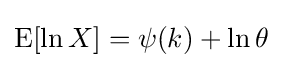
\operatorname {E} [\ln X]=\psi (k)+\ln \theta